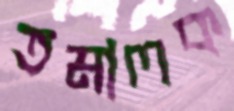
তমালক